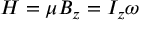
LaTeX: H = \mu B _ { z } = I _ { z } \omega